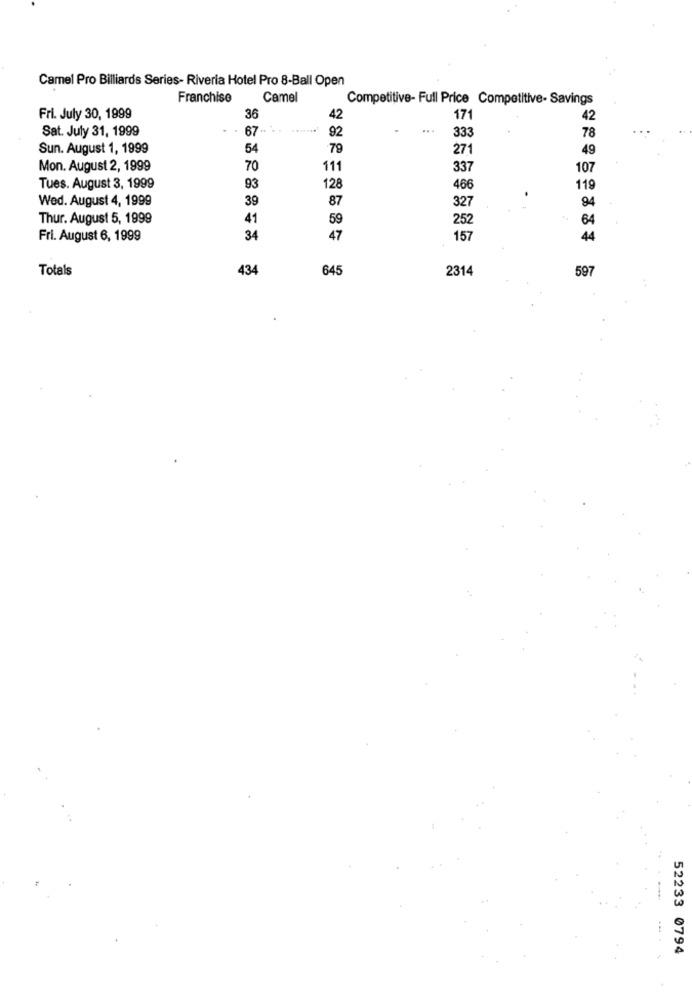
Camel Pro Billiards Series- Riveria Hotel Pro 8-Ball Open
Franchise
Camel
Competitive- Full Price Competitive- Savings
Fri. July 30, 1999
36
42
171
42
Sat. July 31, 1999
. 67 - - * *******
...
92
33
78
Sun. August 1, 1999
54
79
27
49
Mon. August 2, 1999
70
111
337
107
Tues. August 3, 1999
93
128
466
119
Wed. August 4, 1999
39
87
94
327
Thur. August 5, 1999
41
59
252
64
Fri. August 6, 1999
34
47
157
44
Totals
434
645
2314
597
52233 0794